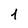
Character: 1